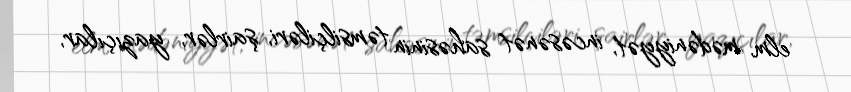
elm, mədəniyyət, incəsənət sahəsinin təmsilçiləri, şairlər, yazıçılar,